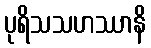
ပုရိသသဟဿာနိ